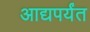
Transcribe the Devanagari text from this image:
आद्यपर्यंत